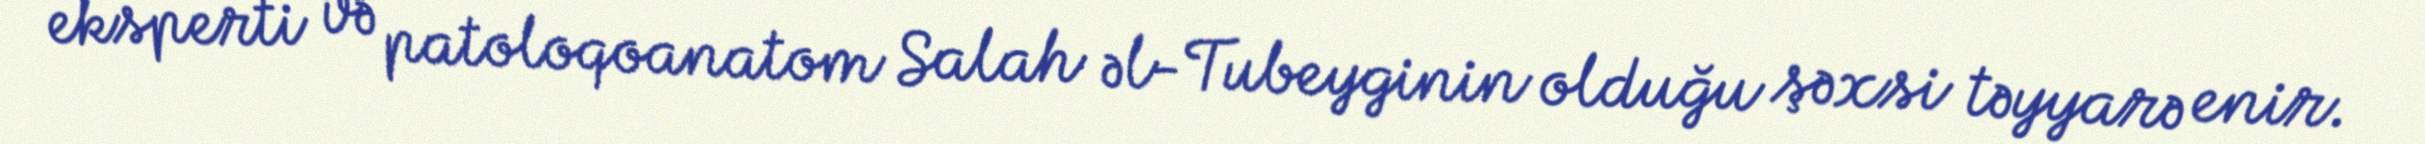
eksperti və patoloqoanatom Salah əl-Tubeyginin olduğu şəxsi təyyarə enir.